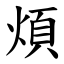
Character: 煩